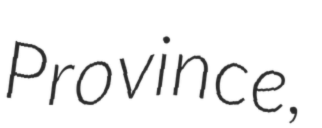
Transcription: Province,